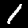
Digit: 1